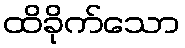
ထိခိုက်သော